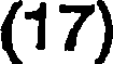
(17)